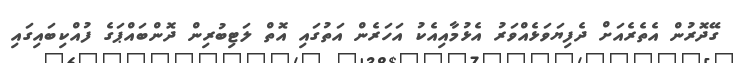
ގޭދޮރުން އެތެރެއަށް ދެފިޔަވަޅެއްވަރު އެޅުމާއިއެކު އަހަރެން އަތުގައި އޮތް ލަޓިބުރިން ދޮންބައްޕަގެ ފުއްކިބައިގައި